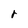
Character: r